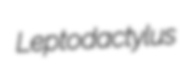
Leptodactylus